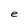
Character: e